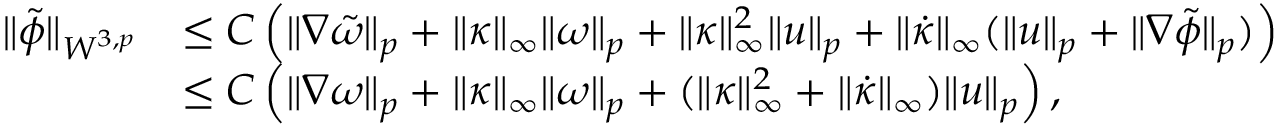
\begin{array} { r l } { \| \tilde { \phi } \| _ { W ^ { 3 , p } } } & { \leq C \left( \| \nabla \tilde { \omega } \| _ { p } + \| \kappa \| _ { \infty } \| \omega \| _ { p } + \| \kappa \| _ { \infty } ^ { 2 } \| u \| _ { p } + \| \dot { \kappa } \| _ { \infty } ( \| u \| _ { p } + \| \nabla \tilde { \phi } \| _ { p } ) \right) } \\ & { \leq C \left( \| \nabla \omega \| _ { p } + \| \kappa \| _ { \infty } \| \omega \| _ { p } + ( \| \kappa \| _ { \infty } ^ { 2 } + \| \dot { \kappa } \| _ { \infty } ) \| u \| _ { p } \right) , } \end{array}